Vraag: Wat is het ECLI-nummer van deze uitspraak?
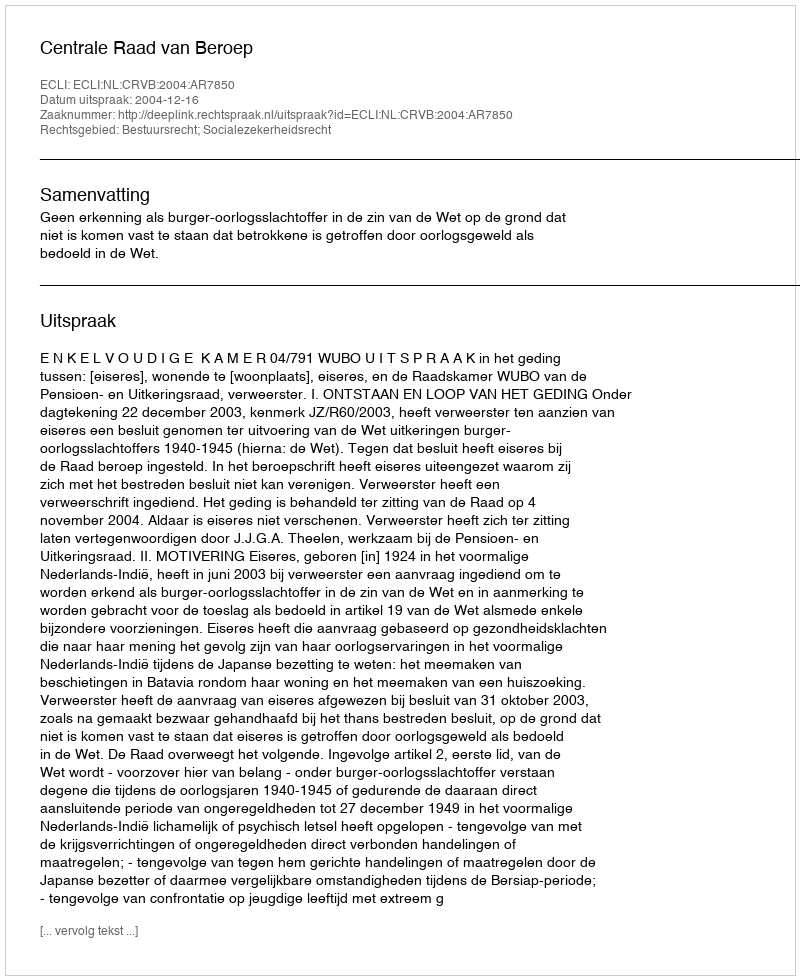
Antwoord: ECLI:NL:CRVB:2004:AR7850